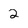
Character: 2